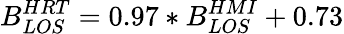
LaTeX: B_{LOS}^{HRT}=0.97\ast B_{LOS}^{HMI}+0.73